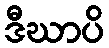
ဒီဃာပိ